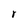
Character: r